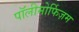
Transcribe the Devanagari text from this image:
पॉलीमोर्फिज़म